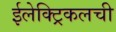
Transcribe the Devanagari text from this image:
ईलेक्ट्रिकलची